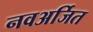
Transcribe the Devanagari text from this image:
नवअर्जित